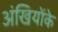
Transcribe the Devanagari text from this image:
अंखियोंके